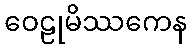
ဝေဠုမိဿကေန